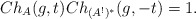
\begin{align*}Ch_A(g,t) Ch_{(A^!)^*}(g,-t) = 1.\end{align*}